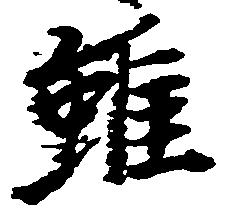
雖